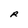
Character: R